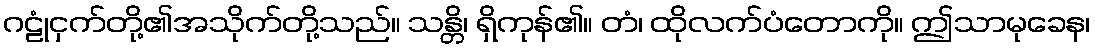
ဂဠုံငှက်တို့၏အသိုက်တို့သည်။ သန္တိ၊ ရှိကုန်၏။ တံ၊ ထိုလက်ပံတောကို။ ဤသာမုခေန၊